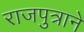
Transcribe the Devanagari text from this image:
राजपुत्राने